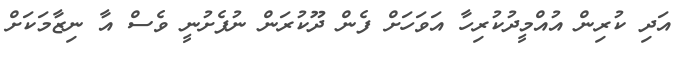
އަދި ކުރިން އުއްމީދުކުރިހާ އަވަހަށް ފެން ދޫކުރަން ނުފެށުނީ ވެސް އާ ނިޒާމަކަށް